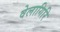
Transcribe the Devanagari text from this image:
वेलागिरि